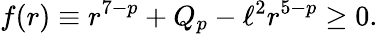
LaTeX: f(r)\equiv r^{7-p}+Q_{p}-\ell^{2}r^{5-p}\ge 0.